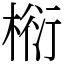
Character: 椼